King Institute of Preventive Medicine Micro-Biological Section reports 1909-11
Year: 1909
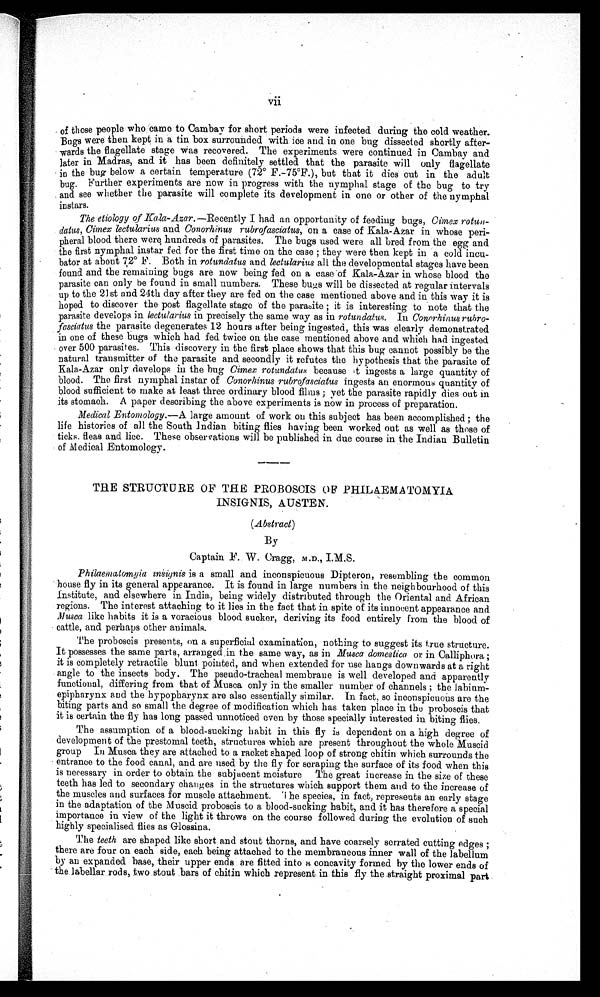
vii
of those people who 'came to Cambay for short periods were infected during the cold weather.
Bugs were then kept in a tin box surrounded with ice and in one bug dissected shortly after-
- wards the flagellate stage was recovered. The experiments were continued in Cambay and
later in Madras, and it has been definitely settled that the parasite will only flagellate
in the bug below a certain temperature (72° F.-75°F.), but that it dies out in the adult
bug. Further experiments are now in progress with the nymphal stage of the bug to try
and see whether the parasite will complete its development in one or other of the nymphal
instars.
The etiology of Kala-Azar. —Recently I had an opportunity of feeding bugs, Cimex rotun--
datums, Cimex leeularius and Conorhinus rubrofasciatus , on a case of Kala-A-zar in whose peril -
pheral blood there were hundreds of parasites. The bug s used were all bred from the egg and
the first nymphal Minstar fed for the first time on the case ; they were then kept in a cold incu-
- b a t o r a t a b o u t ' 7 2° F . B o t h i nr
o t u n d a t u s
a n d
l e c u l a r i u s
a l l t h e d e v e l o p m e n t a l s t a g e s h a v e b e e n
found and the remaining bugs are now being fed on a case of Kala-Azar in whose blood the
parasite can only b e found in small numbers. These bugs will be dissected at regular intervals
up to the 21 st and 24th day after they are fed on the case mentioned above and in this way it is
hoped to discover the post flagellate stage of the parasite ; it is interesting to note that the
parasite develops in lectularius in precisely the same way as in rotundatus. In Conorhinus rubro-
- f a s c i a t u s
t h e p a r a s i t e d e g e n e r a t e s 1 2 h o u r s a f t e r b e i n g i n g e s t e d , t h i s w a s c l e a r l y d e m o n s t r a t e d
in one of these bugs which had fed twice on the case mentioned above and which had ingested
over 500 parasites. This discovery in the first place shows that this bug cannot possibly be the
natural transmitter of the parasite and secondly it refutes the hypothesis that the parasite of
Kala-Azar only develops in the bug Cimex rotundatus becaus e i t i nges t s a l ar ge quant i t y of
blood. The first nymphal instar of C onorhinus rubrofasciatus ingests an enormous quantity of
blood sufficient to make at least three ordinary blood films ; yet the parasite rapidly dies out in
its stomach. A paper describing the above experiments is now in process of preparation.
Medical Entomology .—A large amount of work on this subject has been accomplished ; the
life histories of all the South Indian biting flies having been worked out as well as those of
ticks fleas and lice. These observations will be published in due course in the Indian Bulletin
of Medical Entomology.
THE STRUCTURE OF THE PROBOSCIS OF PHILAEMATOMYIA
INSIGNIA, AUSTEN.
(Abstract)
By
Captain F. W. Cragg, M .D.,
Philaematomgia insiynis is a small and inconspicuous Dipteron, resembling the common
house fly in its general appearance. It is found in large numbers in the neighbourhood of this
institute, and elsewhere in India, being widely distributed through the Oriental and African
regions. The interest attaching to it lies in the fact that in spite of its innocent appearance and
Musca like habits it is a voracious blood sucker, deriving its food entirely from the blood of
cattle, and perhaps other animals.
The proboscis presents, on a superficial examination, nothing to suggest its true structure.
It possesses the same parts, arranged in the same way, as in Musca domestica or in Calliphora ;
it is completely retractile blunt pointed, and when extended for use hangs downwards at a right
angle to the insects body. The pseudo-tracheal membrane is well developed and apparently
functional, differing from that of Musca only in the smaller number of channels ; the labium-
- e p i p h a r y n x a n d t h e h y p o p h a r y n x a r e a l s o e s s e n t i a l l y s i m i l a r . I n f a c t , s o i n c o n s p i c u o u s a r e t h e
biting parts and so small the degree of modification which has taken place in the proboscis that
it is certain the fly has long passed unnoticed even by those specially interested in biting flies.
The assumption of a blood-sucking habit in this fly is dependent on a high degree of
development of the prestomal teeth, structures which are present throughout the whole Muscle
group In Musca they are attached to a racket shaped loop of strong chitin which surrounds the
entrance to the food canal, and are used by the fly for scraping the surface of its food when this
is necessary in order to obtain the subjacent moisture The great increase in the size of these
teeth has led to secondary changes in the structures which support them and to the increase of
the muscles and surfaces for muscle attachment. The species, in fact, represents an early stage
in the adaptation of the Museid proboscis to a blood-sucking habit, and it has therefore a special
importance in view of the light it throws on the course followed during the evolution of such
highly specialised flies as Glossina.
The teeth are shaped like short and stout thorns, and have coarsely serrated cutting edges ;
there are four on each side, each being attached to the membraneous inner wall of the labellum
by an expanded base, their upper ends are fitted into a concavity formed by the lower ends of
the labellar rods, two stout bars of chitin which represent in this fly the straight proximal part